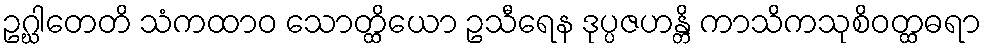
ဥဂ္ဃါတေတိ သံကထာဝ သောတ္ထိယော ဥသီရေန ဒုပ္ပဇဟန္တိ ကာသိကသုစိဝတ္ထဓရာ